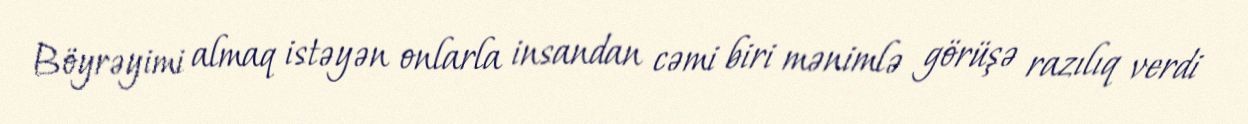
Böyrəyimi almaq istəyən onlarla insandan cəmi biri mənimlə görüşə razılıq verdi